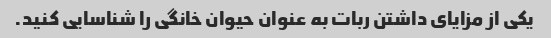
یکی از مزایای داشتن ربات به عنوان حیوان خانگی را شناسایی کنید.